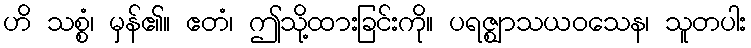
ဟိ သစ္စံ၊ မှန်၏။ ဧတံ၊ ဤသို့ထားခြင်းကို။ ပရဇ္ဈာသယဝသေန၊ သူတပါး